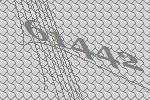
61442